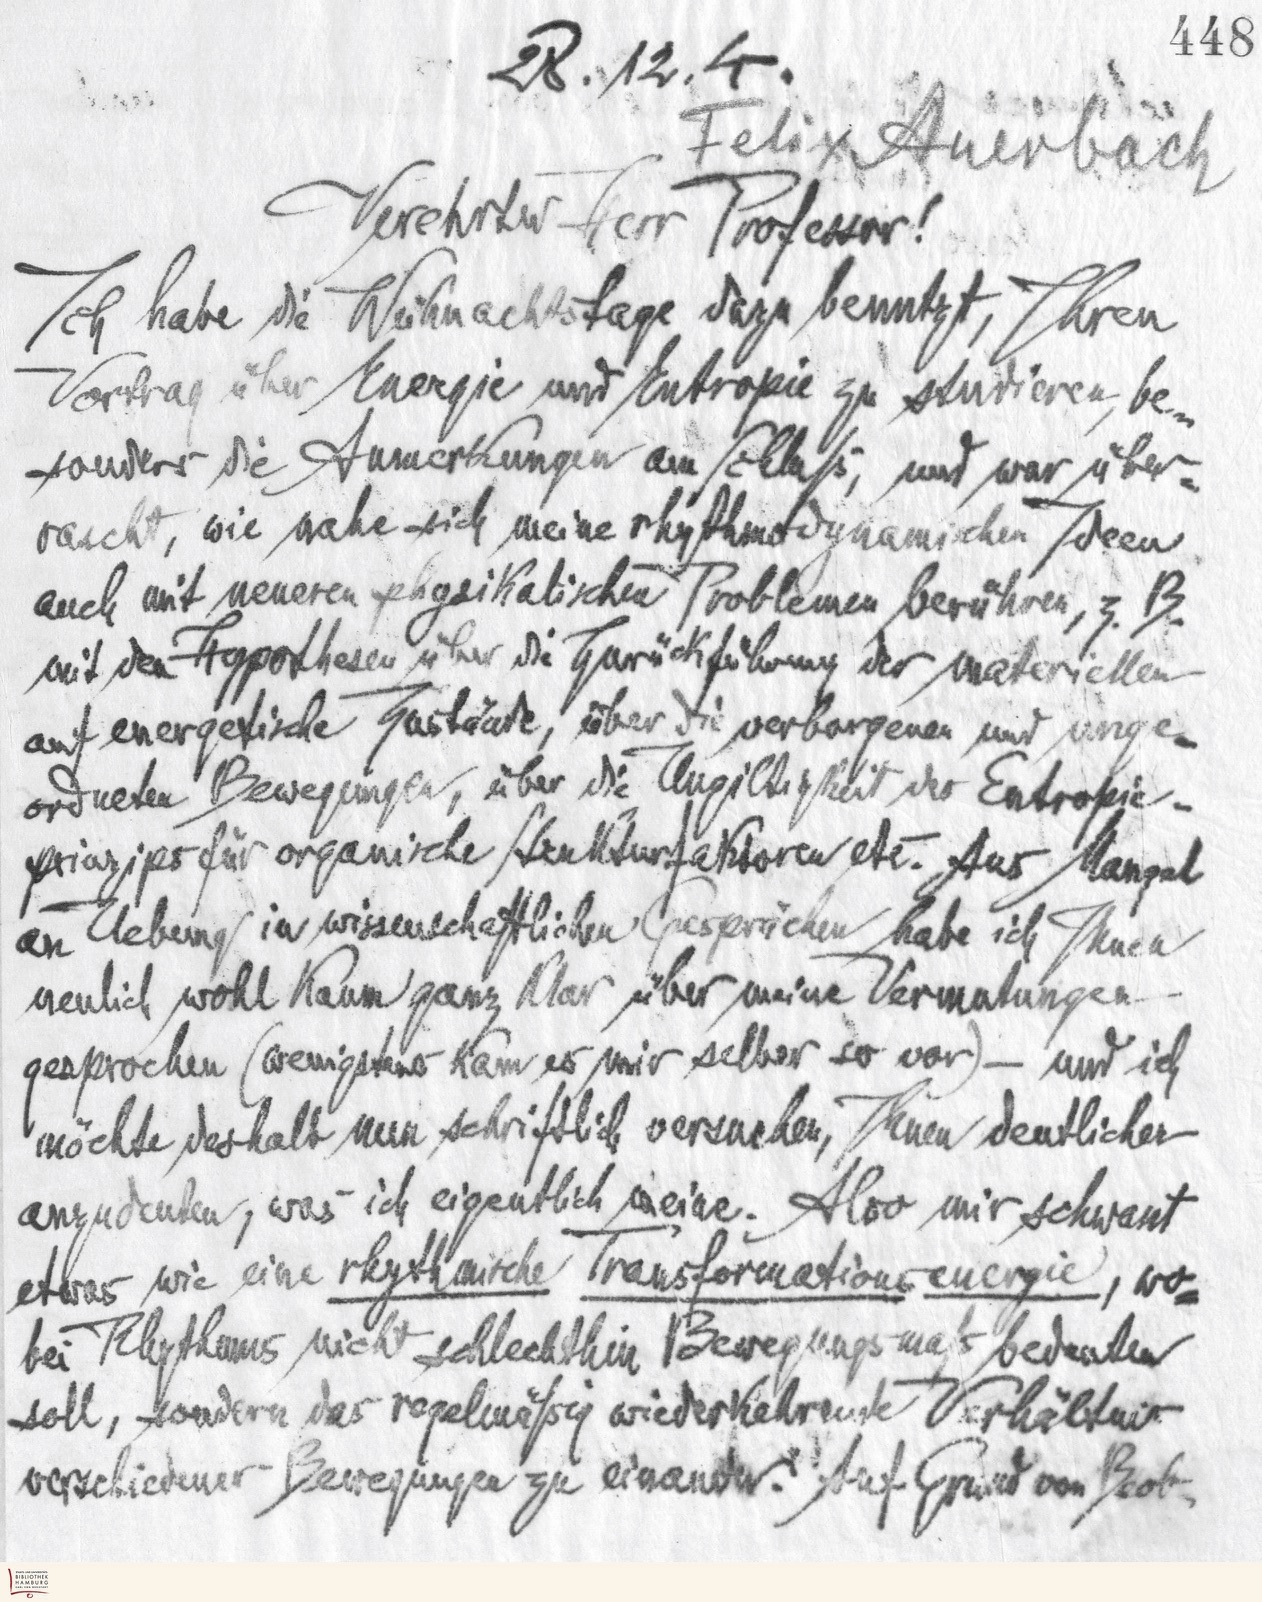
448
28.12.4.
Felix Auerbach
Verehrter Herr Professor!
Ich habe die Weihnachtstage dazu benutzt, Ihren
Vortrag über Energie und Entropie zu studieren, be-
sonders die Anmerkungen am Schluß, und war über-
rascht, wie nahe sich meine rhythmodynamischen Ideen
auch mit neueren physikalischen Problemen berühren, z.B.
mit den Hypothesen über die Zurückführung der materiellen
auf energetische Zustände, über die verborgenen und unge-
ordneten Bewegungen, über die Ungültigkeit des Entropie-
prinzips für organische Strukturfaktoren etc. Aus Mangel
an Uebung in wissenschaftlichen Gesprächen habe ich Ihnen
neulich wohl kaum ganz klar über meine Vermutungen -
gesprochen (wenigstens kam es mir selber so vor) - und ich
möchte deshalb nun schriftlich versuchen, Ihnen deutlicher
anzudeuten, was ich eigentlich meine. Also mir schwant
etwas wie eine rhythmische Transformationsenergie, wo-
bei Rhythmus nicht schlechthin Bewegungsmaß bedeuten
soll, sondern das regelmäßig widerkehrende Verhältnis
verschiedener Bewegungen zu einander. Auf Grund von Beob-